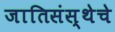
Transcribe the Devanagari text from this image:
जातिसंस्थेचे